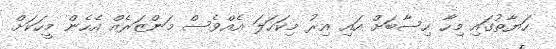
ހަޔާތުގައި މިހާ ހިސާބަށް އައި އިރު މިކަހަލަ އެއްވެސް މަންޒަރެއް އެހެން މީހަކަށް